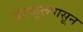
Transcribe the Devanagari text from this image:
बेंगळूरूपासून